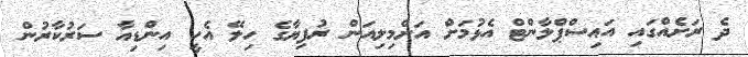
ދެ ރަށެއްގައި އައިސްޕްލާންޓް އެޅުމަށް އަށްމިލިއަން ރުފިޔާގެ ހިލޭ އެހީ އިންޑިއާ ސަރުކާރުން